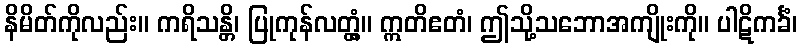
နိမိတ်ကိုလည်း။ ကရိသန္တိ၊ ပြုကုန်လတ္တံ့။ ဣတိဧတံ၊ ဤသို့သဘောအကျိုးကို။ ပါဋိကင်္ခံ၊